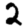
Digit: 2